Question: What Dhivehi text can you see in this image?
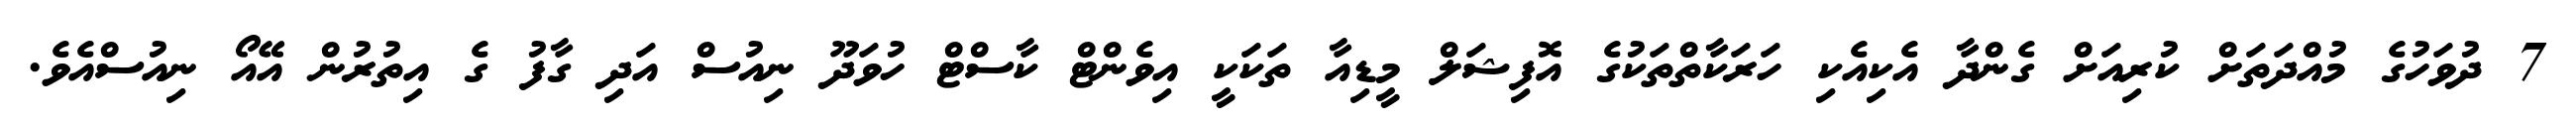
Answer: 7 ދުވަހުގެ މުއްދަތަށް ކުރިއަށް ގެންދާ އެކިއެކި ހަރަކާތްތަކުގެ އޮފިޝަލް މީޑިއާ ތަކަކީ އިވެންޓް ކާސްޓް ހުވަދޫ ނިއުސް އަދި ގާފު ގެ އިތުރުން އޭއޯ ނިއުސްއެވެ.